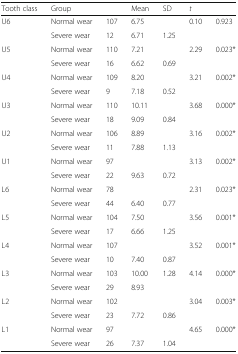
<table><thead><tr><td><b>Tooth class</b></td><td><b>Group</b></td><td>[EMPTY_CELL]</td><td><b>Mean</b></td><td><b>SD</b></td><td><b><i>t</i></b></td><td>[EMPTY_CELL]</td></tr></thead><tbody><tr><td rowspan="2">U6</td><td>Normal wear</td><td>107</td><td>6.75</td><td>[EMPTY_CELL]</td><td rowspan="2">0.10</td><td rowspan="2">0.923</td></tr><tr><td>Severe wear</td><td>12</td><td>6.71</td><td>1.25</td></tr><tr><td rowspan="2">U5</td><td>Normal wear</td><td>110</td><td>7.21</td><td>[EMPTY_CELL]</td><td rowspan="2">2.29</td><td rowspan="2">0.023*</td></tr><tr><td>Severe wear</td><td>16</td><td>6.62</td><td>0.69</td></tr><tr><td rowspan="2">U4</td><td>Normal wear</td><td>109</td><td>8.20</td><td>[EMPTY_CELL]</td><td rowspan="2">3.21</td><td rowspan="2">0.002*</td></tr><tr><td>Severe wear</td><td>9</td><td>7.18</td><td>0.52</td></tr><tr><td rowspan="2">U3</td><td>Normal wear</td><td>110</td><td>10.11</td><td>[EMPTY_CELL]</td><td rowspan="2">3.68</td><td rowspan="2">0.000*</td></tr><tr><td>Severe wear</td><td>18</td><td>9.09</td><td>0.84</td></tr><tr><td rowspan="2">U2</td><td>Normal wear</td><td>106</td><td>8.89</td><td>[EMPTY_CELL]</td><td rowspan="2">3.16</td><td rowspan="2">0.002*</td></tr><tr><td>Severe wear</td><td>11</td><td>7.88</td><td>1.13</td></tr><tr><td rowspan="2">U1</td><td>Normal wear</td><td>97</td><td>[EMPTY_CELL]</td><td>[EMPTY_CELL]</td><td rowspan="2">3.13</td><td rowspan="2">0.002*</td></tr><tr><td>Severe wear</td><td>22</td><td>9.63</td><td>0.72</td></tr><tr><td rowspan="2">L6</td><td>Normal wear</td><td>78</td><td>[EMPTY_CELL]</td><td>[EMPTY_CELL]</td><td rowspan="2">2.31</td><td rowspan="2">0.023*</td></tr><tr><td>Severe wear</td><td>44</td><td>6.40</td><td>0.77</td></tr><tr><td rowspan="2">L5</td><td>Normal wear</td><td>104</td><td>7.50</td><td>[EMPTY_CELL]</td><td rowspan="2">3.56</td><td rowspan="2">0.001*</td></tr><tr><td>Severe wear</td><td>17</td><td>6.66</td><td>1.25</td></tr><tr><td rowspan="2">L4</td><td>Normal wear</td><td>107</td><td>[EMPTY_CELL]</td><td>[EMPTY_CELL]</td><td rowspan="2">3.52</td><td rowspan="2">0.001*</td></tr><tr><td>Severe wear</td><td>10</td><td>7.40</td><td>0.87</td></tr><tr><td rowspan="2">L3</td><td>Normal wear</td><td>103</td><td>10.00</td><td>1.28</td><td rowspan="2">4.14</td><td rowspan="2">0.000*</td></tr><tr><td>Severe wear</td><td>29</td><td>8.93</td><td>[EMPTY_CELL]</td></tr><tr><td rowspan="2">L2</td><td>Normal wear</td><td>102</td><td>[EMPTY_CELL]</td><td>[EMPTY_CELL]</td><td rowspan="2">3.04</td><td rowspan="2">0.003*</td></tr><tr><td>Severe wear</td><td>23</td><td>7.72</td><td>0.86</td></tr><tr><td rowspan="2">L1</td><td>Normal wear</td><td>97</td><td>[EMPTY_CELL]</td><td>[EMPTY_CELL]</td><td rowspan="2">4.65</td><td rowspan="2">0.000*</td></tr><tr><td>Severe wear</td><td>26</td><td>7.37</td><td>1.04</td></tr></tbody></table>